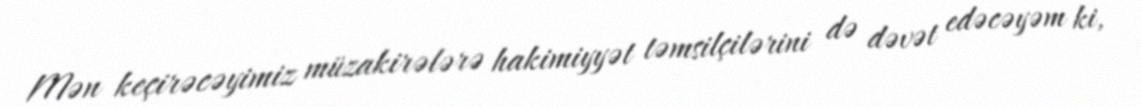
Mən keçirəcəyimiz müzakirələrə hakimiyyət təmsilçilərini də dəvət edəcəyəm ki,